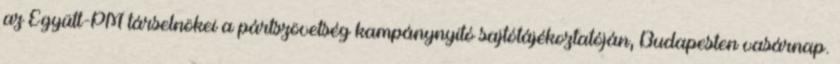
az Együtt-PM társelnökei a pártszövetség kampánynyitó sajtótájékoztatóján, Budapesten vasárnap.